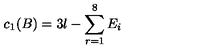
c _ { 1 } ( B ) = 3 l - \sum _ { r = 1 } ^ { 8 } E _ { i }